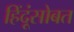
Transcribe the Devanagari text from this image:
हिंदूंसोबत